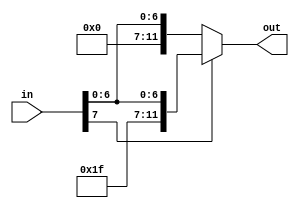
module SE(
	input [7:0] in,
	output [11:0] out
);
	assign out = in[7] ? {4'b1111, in} : {4'b0000, in};
endmodule